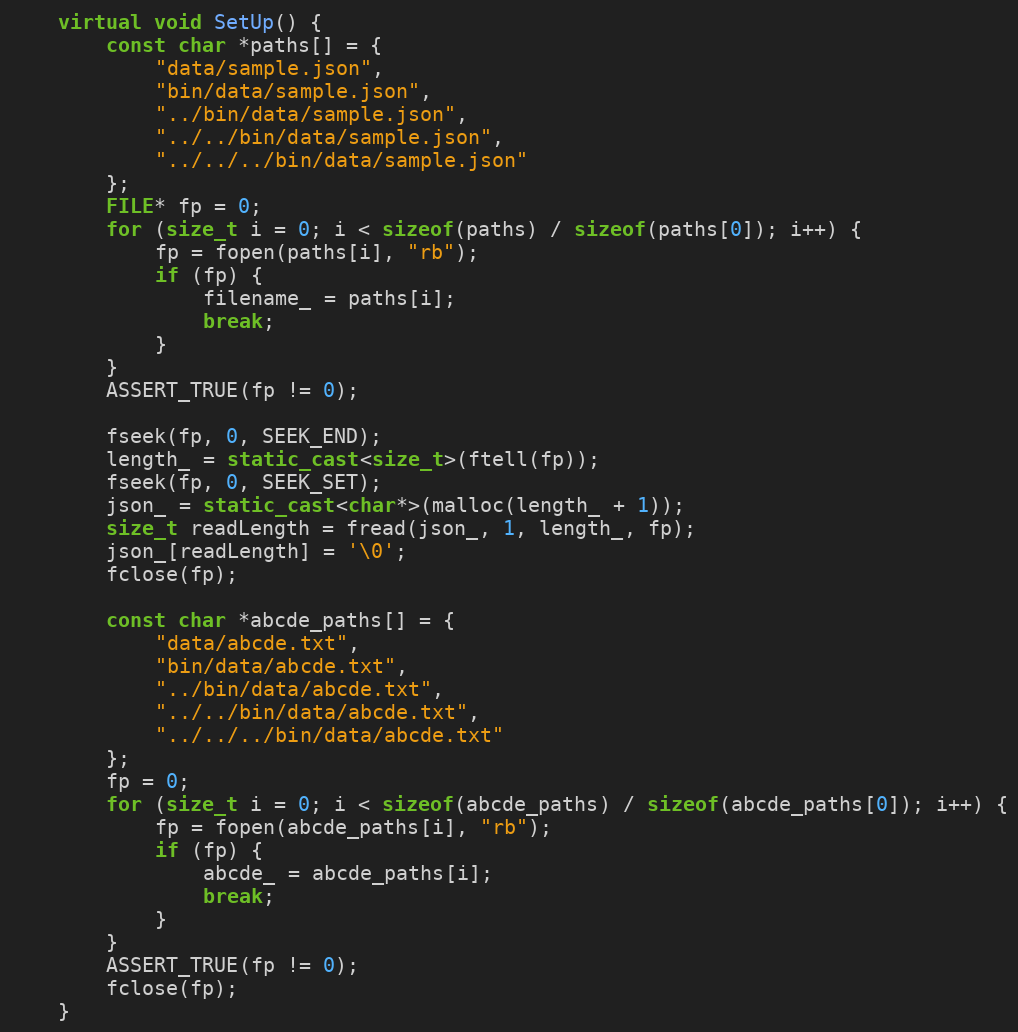
Language: C++
    virtual void SetUp() {
        const char *paths[] = {
            "data/sample.json",
            "bin/data/sample.json",
            "../bin/data/sample.json",
            "../../bin/data/sample.json",
            "../../../bin/data/sample.json"
        };
        FILE* fp = 0;
        for (size_t i = 0; i < sizeof(paths) / sizeof(paths[0]); i++) {
            fp = fopen(paths[i], "rb");
            if (fp) {
                filename_ = paths[i];
                break;
            }
        }
        ASSERT_TRUE(fp != 0);

        fseek(fp, 0, SEEK_END);
        length_ = static_cast<size_t>(ftell(fp));
        fseek(fp, 0, SEEK_SET);
        json_ = static_cast<char*>(malloc(length_ + 1));
        size_t readLength = fread(json_, 1, length_, fp);
        json_[readLength] = '\0';
        fclose(fp);

        const char *abcde_paths[] = {
            "data/abcde.txt",
            "bin/data/abcde.txt",
            "../bin/data/abcde.txt",
            "../../bin/data/abcde.txt",
            "../../../bin/data/abcde.txt"
        };
        fp = 0;
        for (size_t i = 0; i < sizeof(abcde_paths) / sizeof(abcde_paths[0]); i++) {
            fp = fopen(abcde_paths[i], "rb");
            if (fp) {
                abcde_ = abcde_paths[i];
                break;
            }
        }
        ASSERT_TRUE(fp != 0);
        fclose(fp);
    }